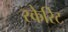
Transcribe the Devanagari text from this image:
स्केरिट